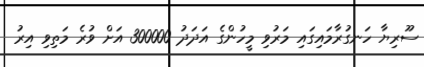
ސޫރިޔާ ހަނގުރާމައިގައި މަރުވި މީހުންގެ އަދަދު 300000 އަށް ވުރެ މަތިވި އިރު